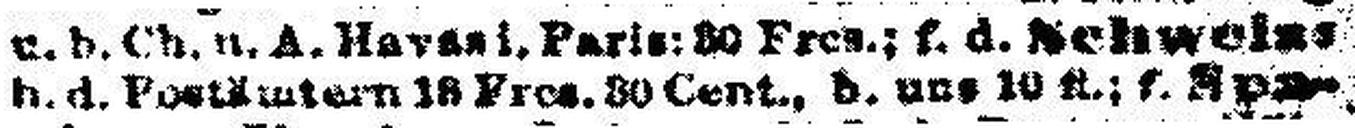
b. d. Postämtern 18 Fres. 30 Cent., b. uns 10 fl.; f. Spa¬